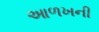
આળખની